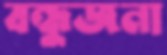
বন্ধুজনা